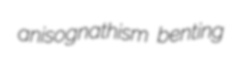
anisognathism benting